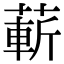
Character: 蔪